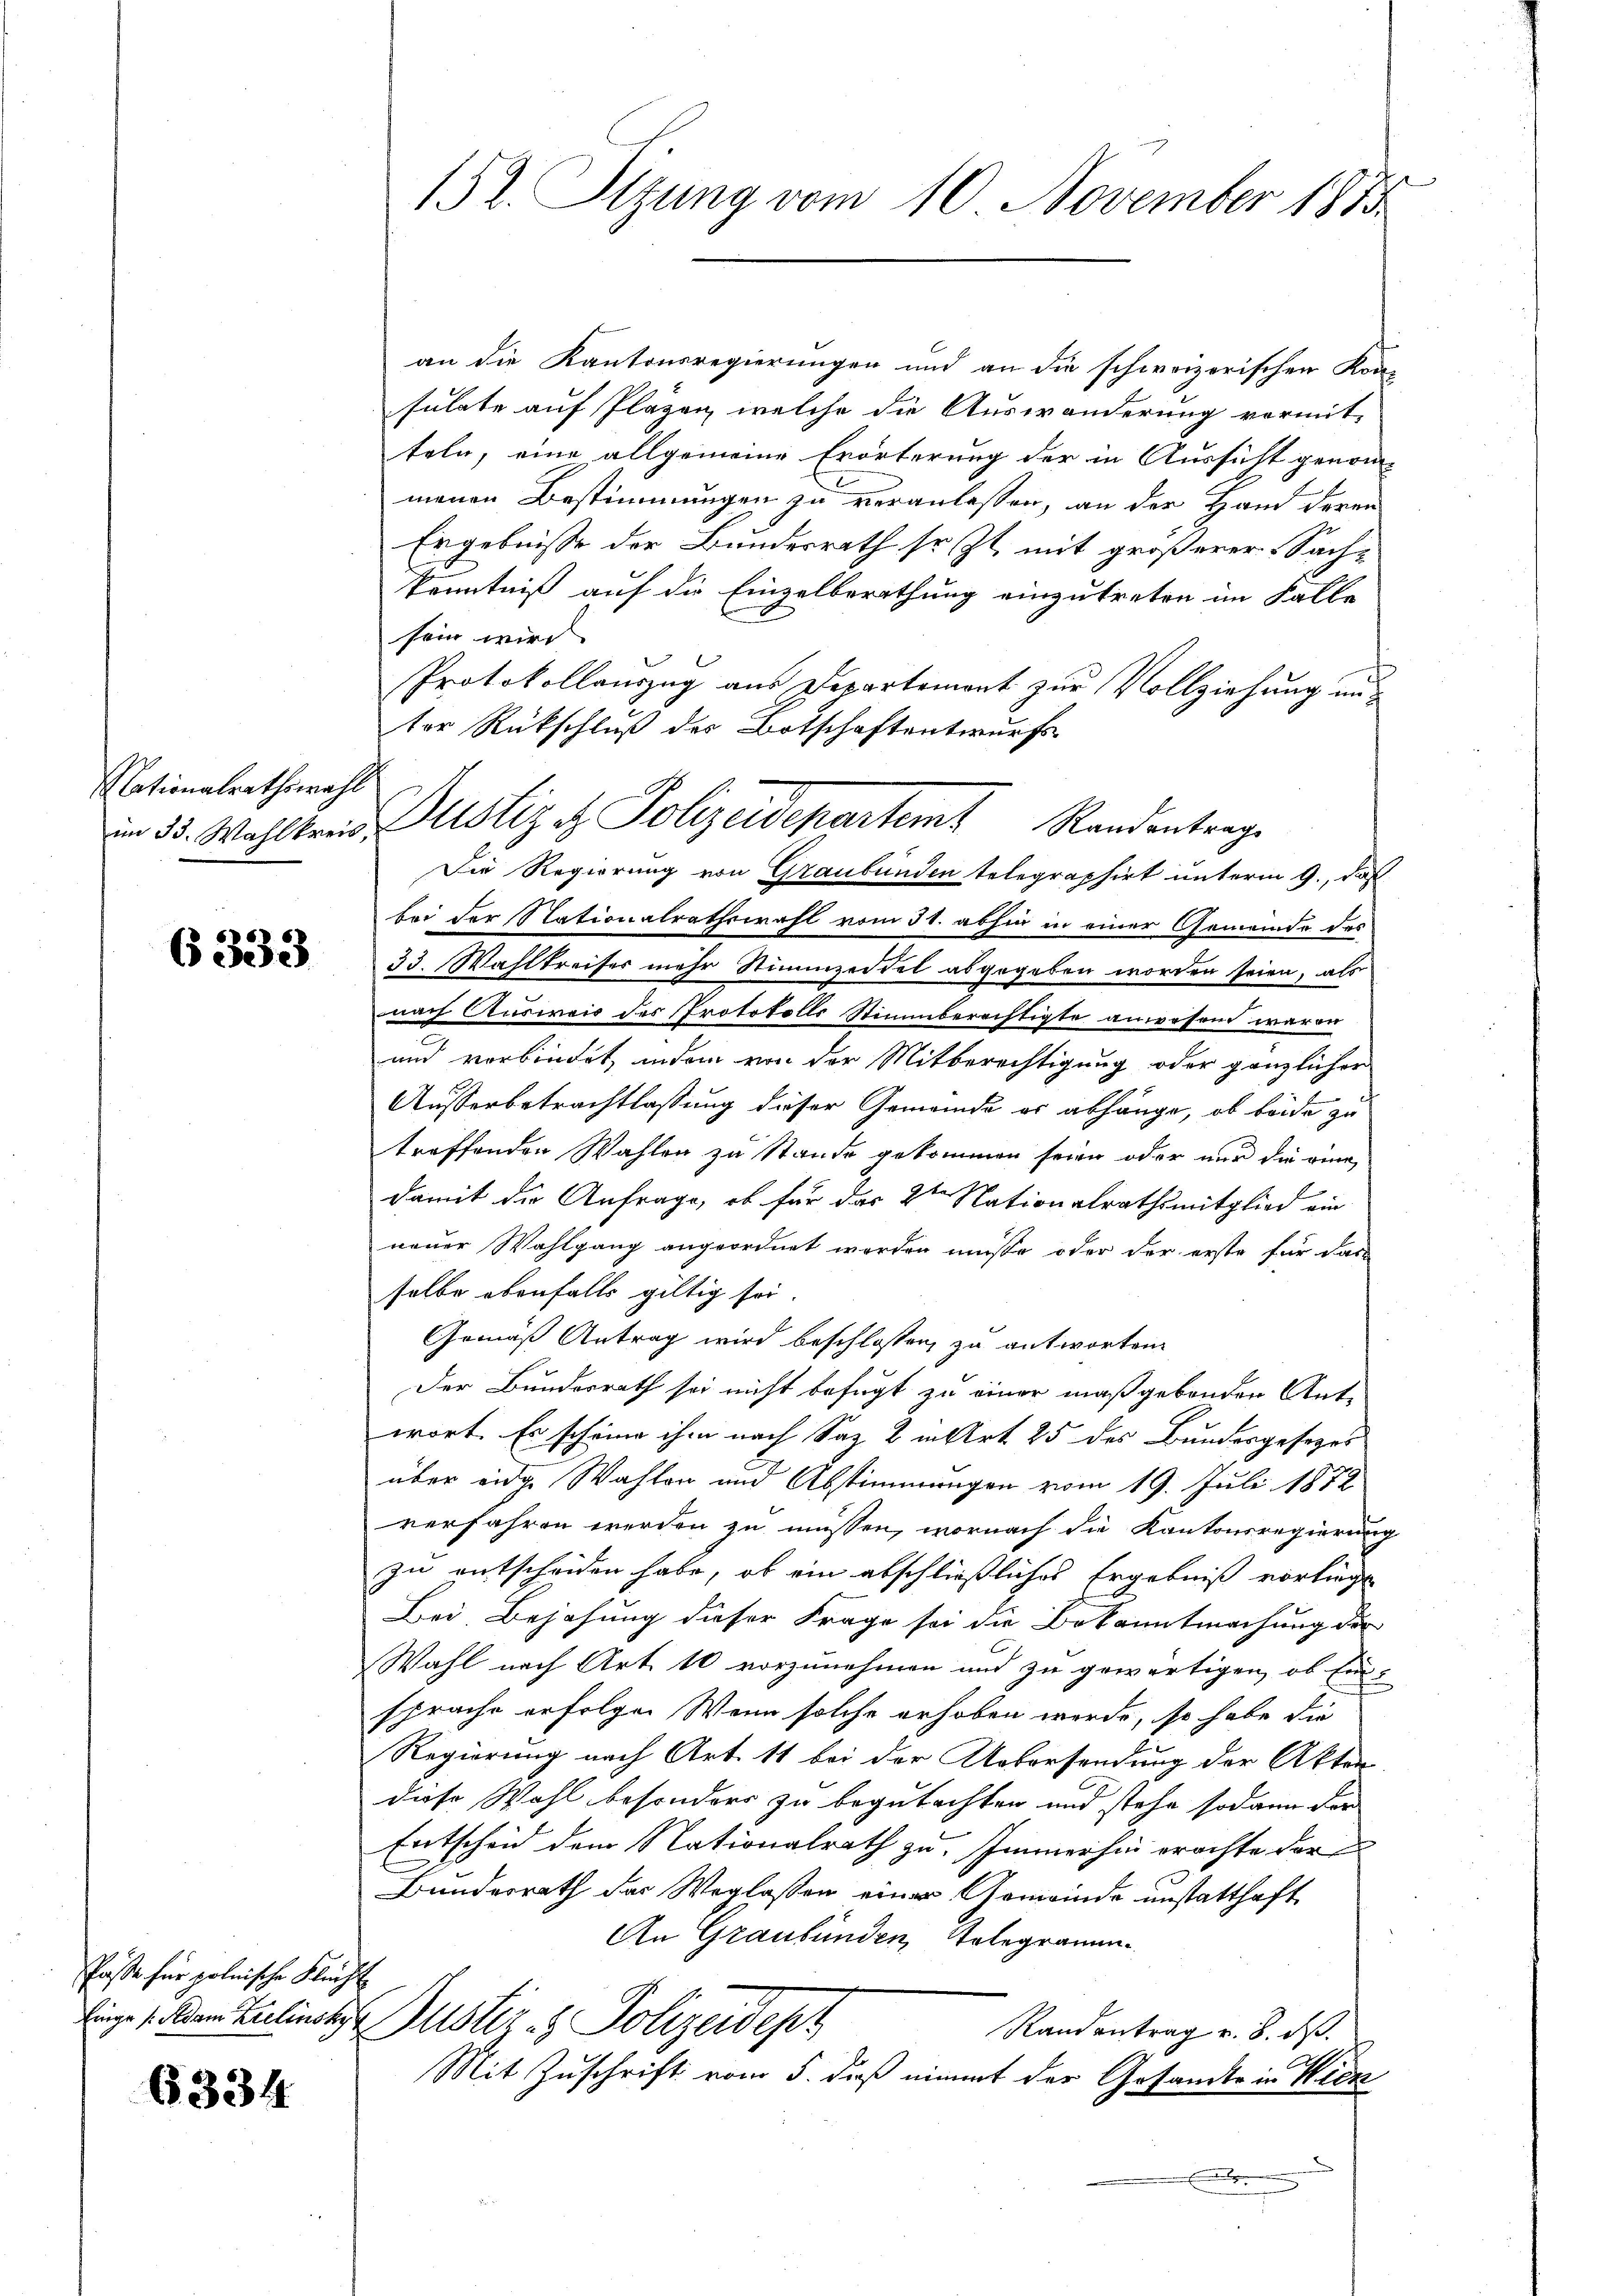
Nationalrathswahl

6333

Paße für polnische Kleicht

6334

an die Kantonsregierungen und an die schweizerischen Kon-
sulate auf Plazen, welche die Auswanderung vormit-
teln, eine allgemeine Erörterung der in Aussicht genommenen Bestimmungen zu veranlassen, an der Hand deren
Ergebnisse der Bundesrath so st. mit größerer Sach¬
Kenntniß auf die Einzelberathung einzutreten im Falle
sein wird
Protokollauszug aus Departemont zur Vollziehung unter Rückschluß des Botschaftentwurfs
Die Regierung von Graubünden telegraphirt unterm 9., daß
bei der Stationalrathswahl vom 31. abhin in einer Gemeinde des
33. Wahlkreises mehr Stimmzeidel abgegeben worden seien, als
nach Ausweis des Protokolls Stimmberechtigte anwesen waren
und verbindet, indem von der Mitberechtigung oder gänzlicher
Ausserbetrachtlassung dieser Gemeinde er abhänge, ob beide zu
treffenden Wahlen zu Stande gekommen seien oder nur die eine
damit die Anfrage, ob für das 2ten Nationalrathsmitglied ein
neuer Wahlgang angeordnet worden müsse, oder der erste für das
selbe ebenfalls gültig sei.
Gemäß Antrag wird beschlossen, zu antworten
Der Bundesrath sei nicht befügt zu einer maßgebenden Ant-
wort. Es scheine ihm nach Saz 2 in Art. 25 des Bundesgesezes
über eide Wahlen und Abstimmungen vom 19. Juli 1872
verfahren werden zu müssen, wornach die Kantonsregierung
zu entscheiden habe, ob ein abschließliches Ergebniß vorliegt
Bei Bejahung dieser Frage sei die Bekanntmachung der
Wahl nach Art. 10 vorzunehmen und zu gewärtigen, ob Eins
sprache erfolgen Wenn solche erhoben werde, so habe die
Regierung nach Art. 11 bei der Uebersendung der Akten
diese Wahl besonders zu begutachten und stehe sodann der
Entscheid dem Nationalrath zu. Immerhin erachte der
Bundesrath das Weglassen einer Gemeinde unstatthaft
An Graubünden, Kolegramm
Finge s. dem Zelinskis Justiz- & Polizeidens
Randantrag v. 8. ds.
Mit Zuschrift vom 5. daß nimmt der Gesandte in Wien

152. Sizung vom 10. November 1873

in 35. Wahlkreis Altstiz & Polizeidepartem Randentrag